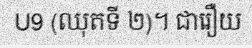
U9 (ឈុតទី ២)។ ជារឿយ